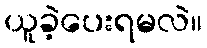
ယူခဲ့ပေးရမလဲ။